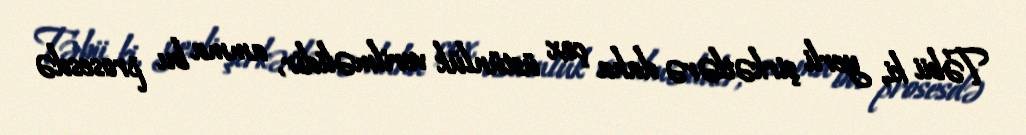
Təbii ki, yerli şirkətlərə daha çox üstünlük verilməlidir, amma bu prosesdə